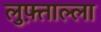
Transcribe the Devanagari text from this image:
लुफ़्ताल्ला